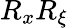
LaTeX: R_{x}R_{\xi}